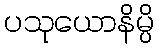
ပသုယောနိမ္ပိ